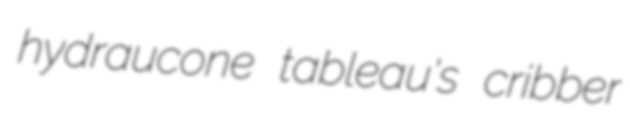
hydraucone tableau's cribber